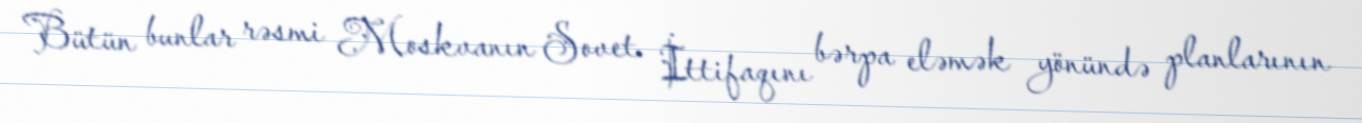
Bütün bunlar rəsmi Moskvanın Sovet İttifaqını bərpa eləmək yönündə planlarının